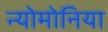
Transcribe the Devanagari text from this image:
न्योमोनिया